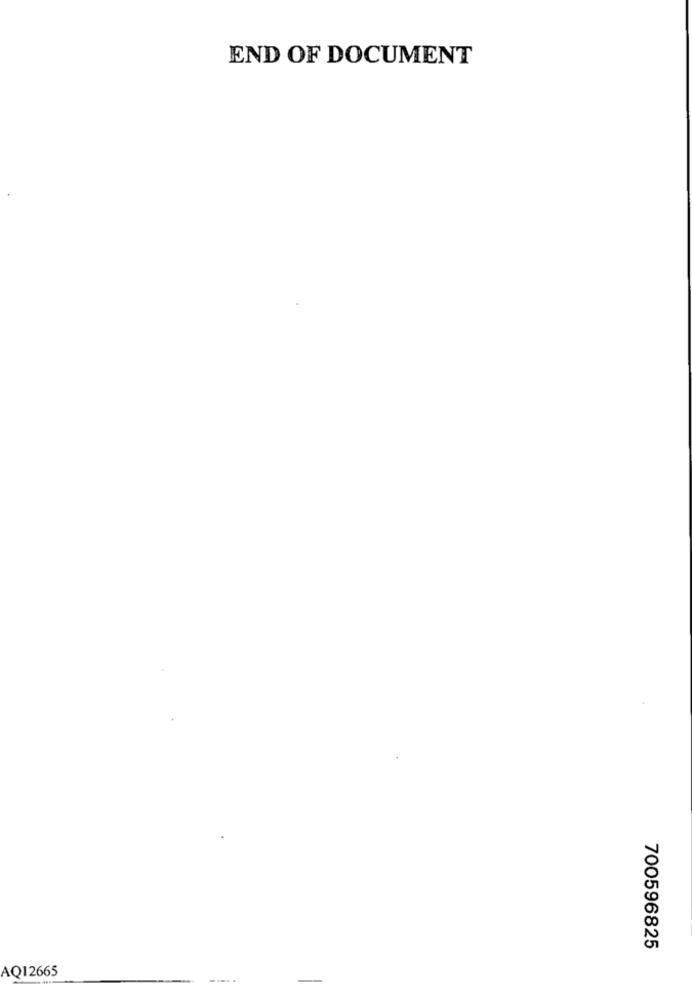
END OF DOCUMENT
700596825
AQ12665